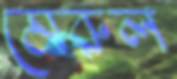
মেরুল